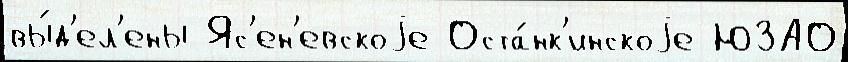
вы́д'ел'ены Яс'ен'евскоjе Оста́нк'инскоjе ЮЗАО